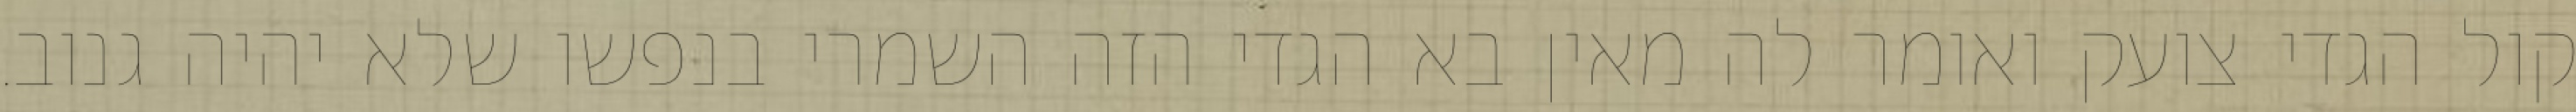
קול הגדי צועק ואומר לה מאין בא הגדי הזה השמרי בנפשו שלא יהיה גנוב.